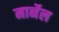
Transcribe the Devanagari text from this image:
मार्नेल